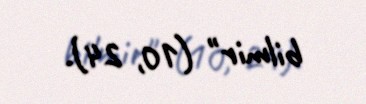
bilmir" (10, 24).